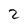
Character: 2